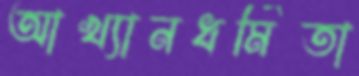
আখ্যানধর্মিতা